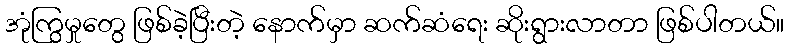
အုံကြွမှုတွေ ဖြစ်ခဲ့ပြီးတဲ့ နောက်မှာ ဆက်ဆံရေး ဆိုးရွားလာတာ ဖြစ်ပါတယ်။